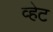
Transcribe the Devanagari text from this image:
व्हेट